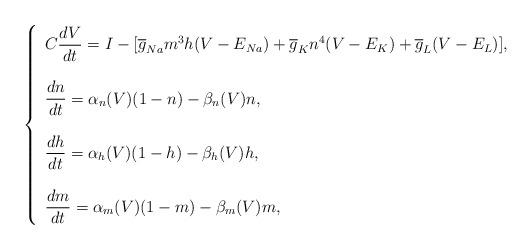
LaTeX: \begin{align*}\left\{\begin{array}{l}C\dfrac{dV}{dt} =I-[\overline{g}_{Na} m^3 h(V-E_{Na})+\overline{g}_{K} n^4(V-E_{K})+\overline{g}_{L}(V-E_{L})],\\\\\dfrac{dn}{dt} = \alpha_{n}(V)(1-n)-\beta_{n}(V)n,\\\\\dfrac{dh}{dt} = \alpha_{h}(V)(1-h)-\beta_{h}(V)h,\\\\\dfrac{dm}{dt} = \alpha_{m}(V)(1-m)-\beta_{m}(V)m,\end{array}\right.\end{align*}